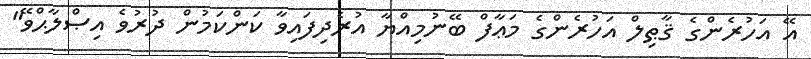
އޭ އަހުރެންގެ ޤާޠިލް އަހުރެންގެ މަޢާފް ބޭނުމިއްޔާ އުރެދިފައިވާ ކަންކަމުން ދުރުވެ އިޞްލާޙްވޭ"